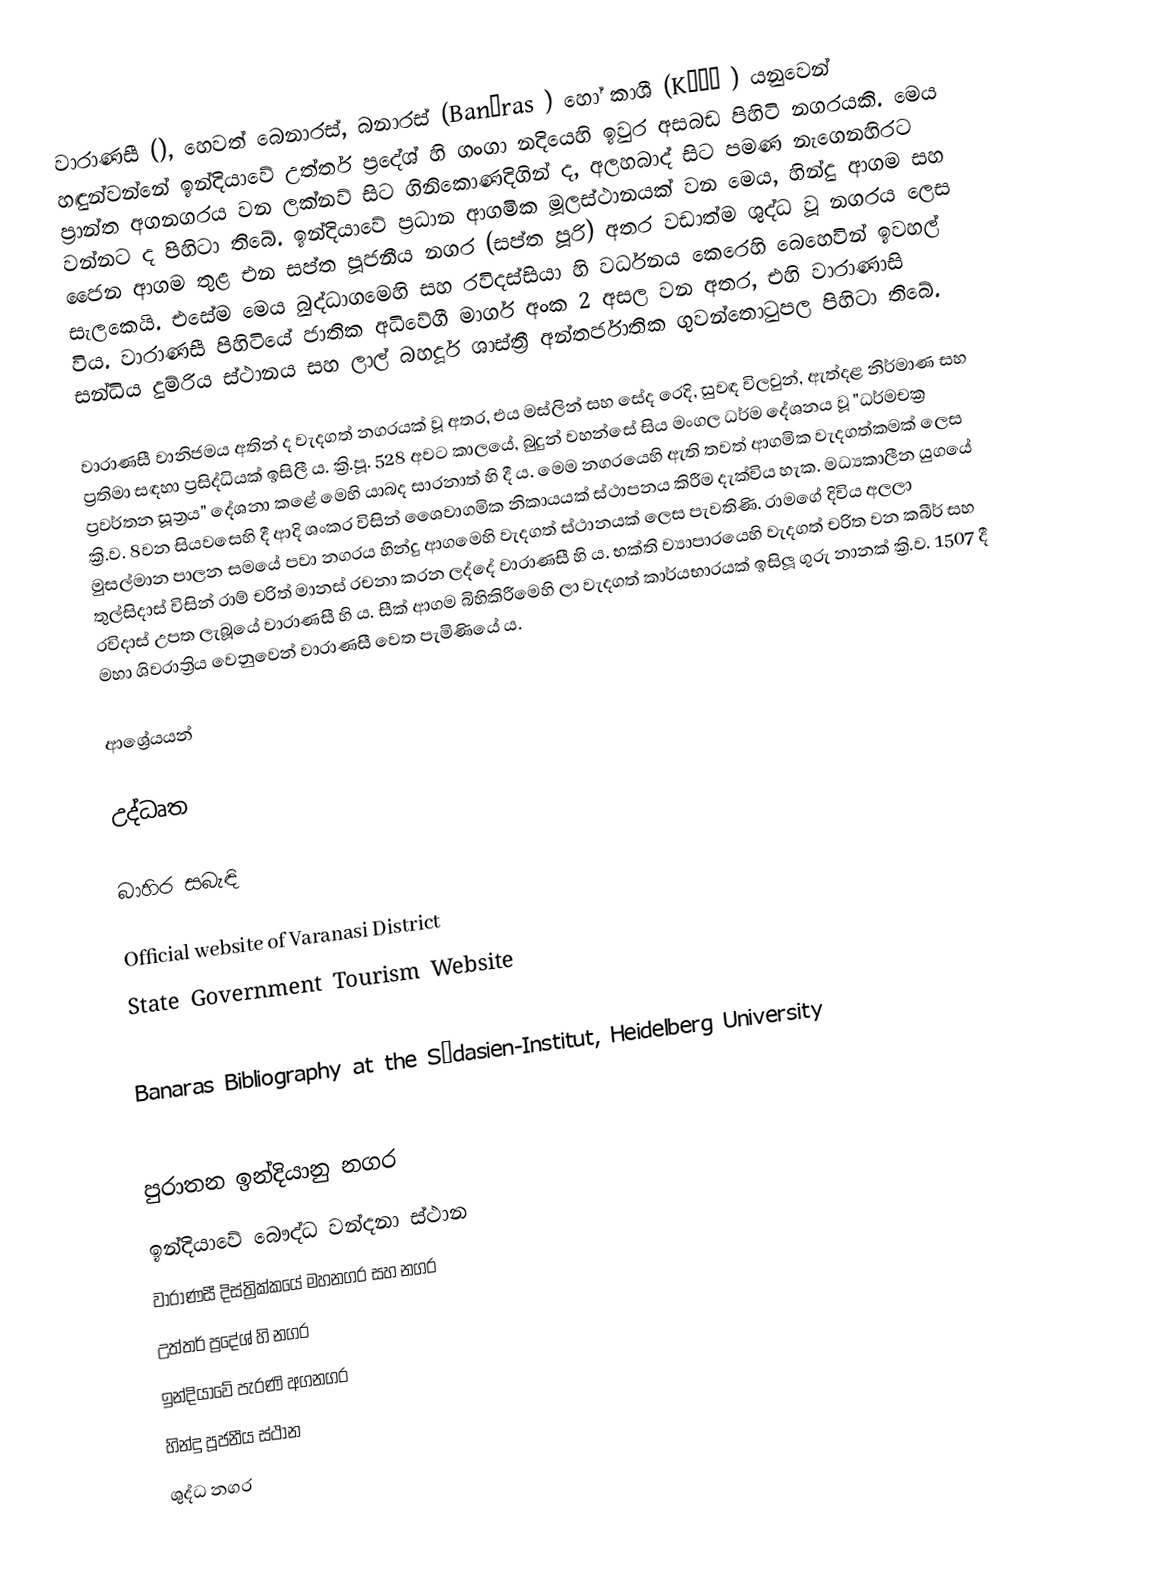
වාරාණසී (), හෙවත් බෙනාරස්, බනාරස් (Banāras  ) හෝ කාශී (Kāśī ) යනුවෙන් හඳුන්වන්නේ ඉන්දියාවේ උත්තර් ප්‍රදේශ් හි ගංගා නදියෙහි ඉවුර අසබඩ පිහිටි නගරයකි. මෙය ප්‍රාන්ත අගනගරය වන ලක්නව් සිට  ගිනිකොණදිගින් ද, අලහබාද් සිට  පමණ නැගෙනහිරට වන්නට ද පිහිටා තිබේ. ඉන්දියාවේ ප්‍රධාන ආගමික මූලස්ථානයක් වන මෙය, හින්දු ආගම සහ ජෛන ආගම තුළ එන සප්ත පූජනීය නගර (සප්ත පූරි) අතර වඩාත්ම ශුද්ධ වූ නගරය ලෙස සැලකෙයි. එසේම මෙය බුද්ධාගමෙහි සහ රවිදස්සියා හි වර්ධනය කෙරෙහි බෙහෙවින් ඉවහල් විය. වාරාණසී පිහිටියේ ජාතික අධිවේගී මාර්ග අංක 2 අසල වන අතර, එහි වාරාණාසි සන්ධිය දුම්රිය ස්ථානය සහ ලාල් බහදූර් ශාස්ත්‍රී අන්තර්ජාතික ගුවන්තොටුපල පිහිටා තිබේ.

වාරාණසී වානිජමය අතින් ද වැදගත් නගරයක් වූ අතර, එය මස්ලින් සහ සේද රෙදි, සුවඳ විලවුන්, ඇත්දළ නිර්මාණ සහ ප්‍රතිමා සඳහා ප්‍රසිද්ධියක් ඉසිලී ය. ක්‍රි.පූ. 528 අවට කාලයේ, බුදුන් වහන්සේ සිය මංගල ධර්ම දේශනය වූ "ධර්මචක්‍ර ප්‍රවර්තන සූත්‍රය" දේශනා කළේ මෙහි යාබද සාරනාත් හි දී ය. මෙම නගරයෙහි ඇති තවත් ආගමික වැදගත්කමක් ලෙස ක්‍රි.ව. 8වන සියවසෙහි දී ආදි ශංකර විසින් ශෛවාගමික නිකායයක් ස්ථාපනය කිරීම දැක්විය හැක. මධ්‍යකාලීන යුගයේ මුසල්මාන පාලන සමයේ පවා නගරය හින්දු ආගමෙහි වැදගත් ස්ථානයක් ලෙස පැවතිණි. රාමගේ දිවිය අලලා තුල්සිදාස්  විසින් රාම් චරිත් මානස් ‍රචනා කරන ලද්දේ වාරාණසී හි ය. භක්ති ව්‍යාපාරයෙහි වැදගත් චරිත වන කබීර් සහ රවිදාස් උපත ලැබූයේ වාරාණසී හි ය. සීක් ආගම බිහිකිරීමෙහි ලා වැදගත් කාර්යභාරයක් ඉසිලූ ගුරු නානක් ක්‍රි.ව. 1507 දී මහා ශිවරාත්‍රිය වෙනුවෙන් වාරාණසී වෙත පැමිණියේ ය.

ආශ්‍රේයයන්

උද්ධෘත

බාහිර සබැඳි

 Official website of Varanasi District
 State Government Tourism Website

 Banaras Bibliography at the Südasien-Institut, Heidelberg University

පුරාතන ඉන්දියානු නගර
ඉන්දියාවේ බෞද්ධ වන්දනා ස්ථාන
වාරාණසී දිස්ත්‍රික්කයේ මහනගර සහ නගර
උත්තර් ප්‍රදේශ් හි නගර
ඉන්දියාවේ පැරණි අගනගර
හින්දු පූජනීය ස්ථාන
ශුද්ධ නගර